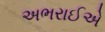
અભરાઈએ